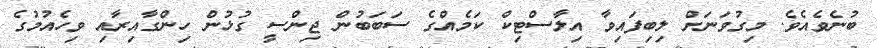
ބުނެވެއެވެ. މިގުވަނަށް ލިބިފައިވާ އިލާސްޓިކް ކަމެއްގެ ސަބަބުން ޖިންސީ ގުޅުން ހިންގާއިރާއި ވިހެއުމުގެ